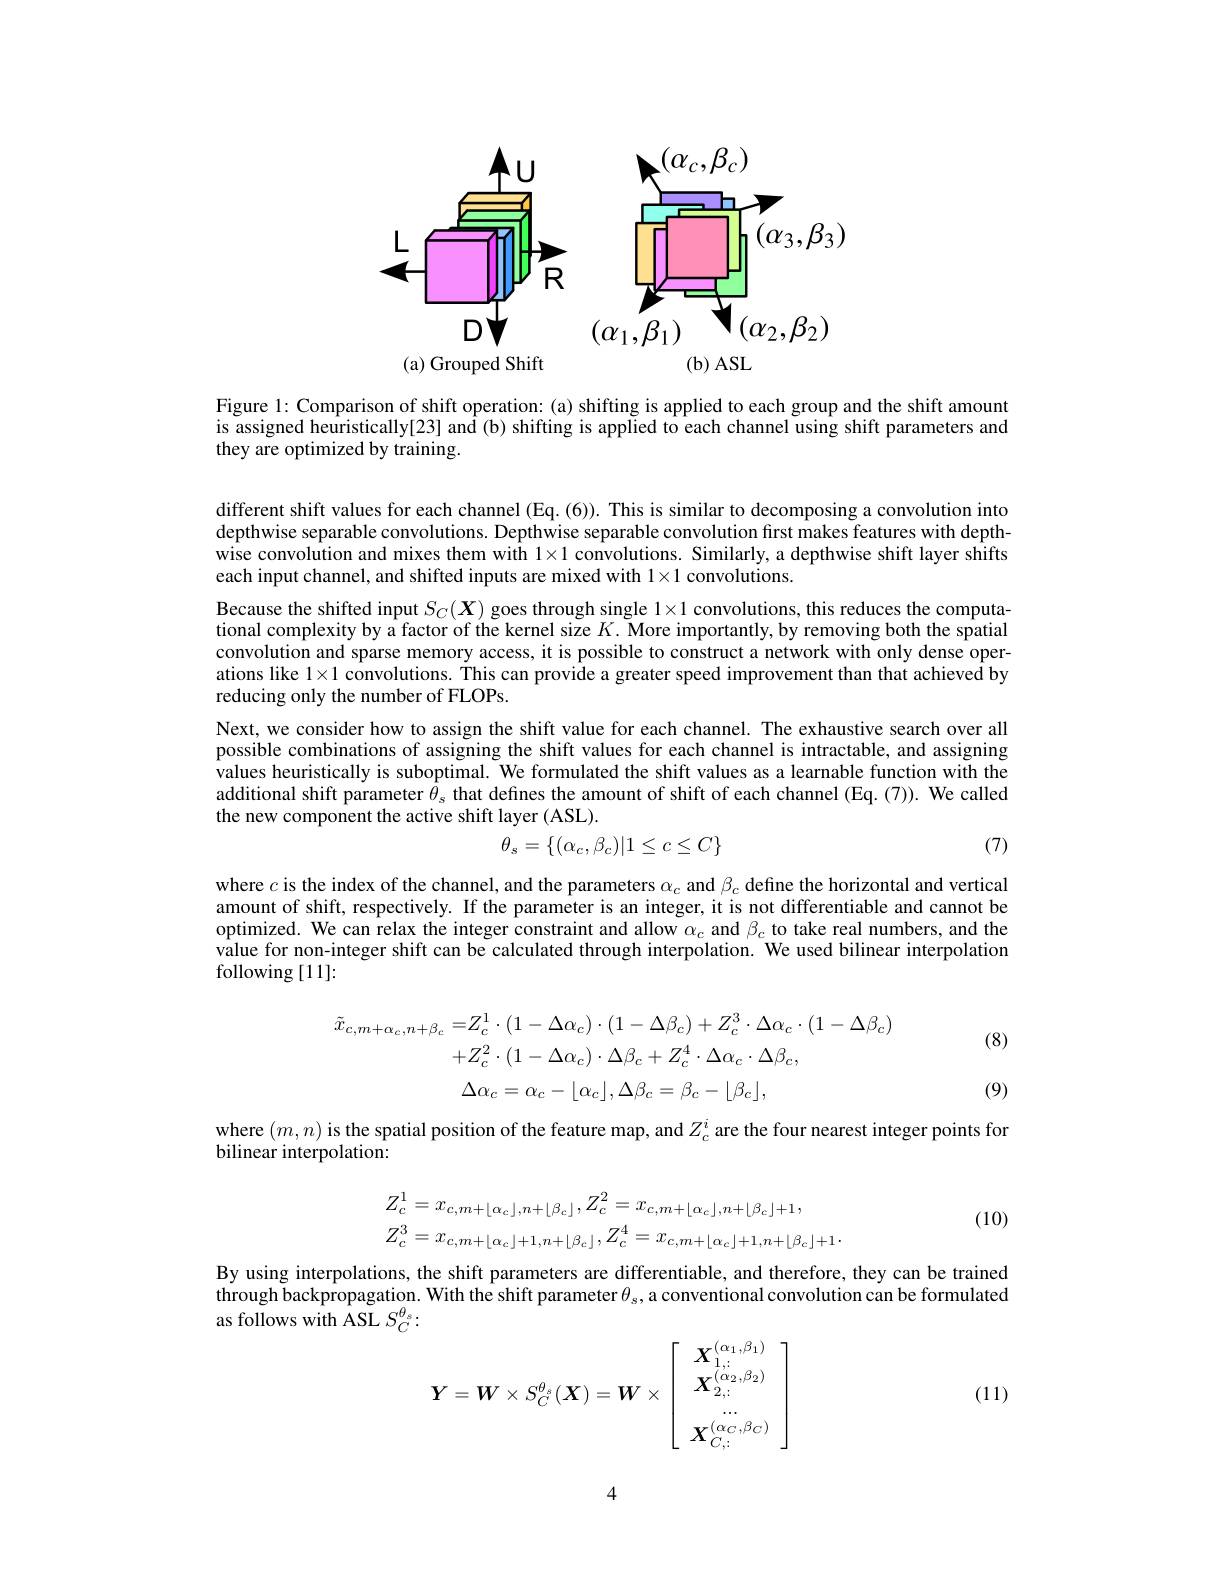
<FigureHere>

Figure 1: Comparison of shift operation: (a) shifting is applied to each group and the shift amount is assigned heuristically[23] and (b) shifting is applied to each channel using shift parameters and they are optimized by training.

different shift values for each channel (Eq. (6)). This is similar to decomposing a convolution into depthwise separable convolutions. Depthwise separable convolution first makes features with depthwise convolution and mixes them with $1\times1$ convolutions. Similarly, a depthwise shift layer shifts each input channel, and shifted inputs are mixed with $1\times1$ convolutions.
Because the shifted input $S_C(\boldsymbol{X})$ goes through single $1\times1$ convolutions, this reduces the computational complexity by a factor of the kernel size $K.$ More importantly, by removing both the spatial convolution and sparse memory access, it is possible to construct a network with only dense operations like $1\times1$ convolutions. This can provide a greater speed improvement than that achieved by reducing only the number of FLOPs.
Next, we consider how to assign the shift value for each channel. The exhaustive search over all possible combinations of assigning the shift values for each channel is intractable, and assigning values heuristically is suboptimal. We formulated the shift values as a learnable function with the additional shift parameter $\bar{\theta}_{\mathrm{s}}$ that defines the amount of shift of each channel (Eq.(7)). We called the new component the active shift layer (ASL).
$$\theta_s=\{(\alpha_c,\beta_c)|1\leq c\leq C\}$$
(7)

where $c$ is the index of the channel, and the parameters $\alpha_c$ and $\beta_c$ define the horizontal and vertical amount of shift, respectively. If the parameter is an integer, it is not differentiable and cannot be optimized. We can relax the integer constraint and allow $\alpha_c$ and $\beta_c$ to take real numbers, and the value for non-integer shift can be calculated through interpolation. We used bilinear interpolation following [11]:

(8)
$$\begin{aligned}\tilde{x}_{c,m+\alpha_{c},n+\beta_{c}}=&Z_{c}^{1}\cdot(1-\Delta\alpha_{c})\cdot(1-\Delta\beta_{c})+Z_{c}^{3}\cdot\Delta\alpha_{c}\cdot(1-\Delta\beta_{c})\\&+Z_{c}^{2}\cdot(1-\Delta\alpha_{c})\cdot\Delta\beta_{c}+Z_{c}^{4}\cdot\Delta\alpha_{c}\cdot\Delta\beta_{c},\\&\Delta\alpha_{c}=\alpha_{c}-\lfloor\alpha_{c}\rfloor,\Delta\beta_{c}=\beta_{c}-\lfloor\beta_{c}\rfloor,\end{aligned}$$
(9)

where $(m,n)$ is the spatial position of the feature map, and $Z_c^i$ are the four nearest integer points for
bilinear interpolation:

(10)
$$Z_{c}^{1}=x_{c,m+\lfloor\alpha_{c}\rfloor,n+\lfloor\beta_{c}\rfloor},Z_{c}^{2}=x_{c,m+\lfloor\alpha_{c}\rfloor,n+\lfloor\beta_{c}\rfloor+1},\\Z_{c}^{3}=x_{c,m+\lfloor\alpha_{c}\rfloor+1,n+\lfloor\beta_{c}\rfloor},Z_{c}^{4}=x_{c,m+\lfloor\alpha_{c}\rfloor+1,n+\lfloor\beta_{c}\rfloor+1}.$$
By using interpolations, the shift parameters are differentiable, and therefore, they can be trained through backpropagation. With the shift parameter $\theta_s$, a conventional convolution can be formulated ${\mathrm{as~follows~with~ASL~}S_{C}^{\theta_{s}}}:$

(11)
$$\left.\boldsymbol{Y}=\boldsymbol{W}\times S_{C}^{\theta_{s}}(\boldsymbol{X})=\boldsymbol{W}\times\left[\begin{array}{c}\boldsymbol{X}_{1,\vdots}^{(\alpha_{1},\beta_{1})}\\\boldsymbol{X}_{2,\vdots}^{(\alpha_{2},\beta_{2})}\\...\\\boldsymbol{X}_{C,\vdots}^{(\alpha_{C},\beta_{C})}\end{array}\right.\right]$$
4